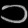
Digit: ၁